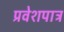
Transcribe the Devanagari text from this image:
प्रवेशपात्र